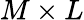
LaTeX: M\times L